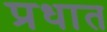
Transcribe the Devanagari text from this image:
प्रधात